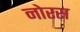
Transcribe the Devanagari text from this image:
नोरस